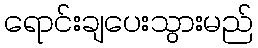
ရောင်းချပေးသွားမည်